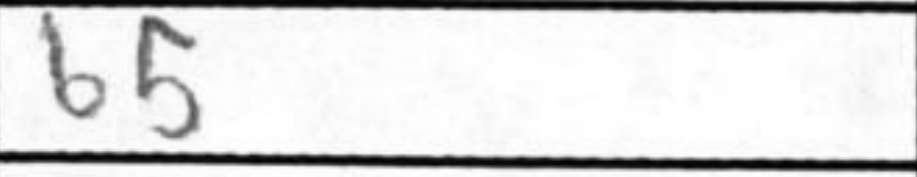
Transcription: b5